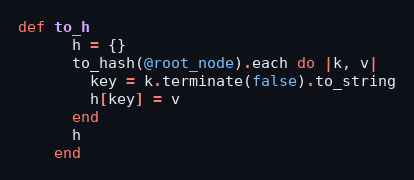
Language: Ruby
def to_h
      h = {}
      to_hash(@root_node).each do |k, v|
        key = k.terminate(false).to_string
        h[key] = v
      end
      h
    end